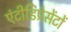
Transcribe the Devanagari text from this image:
एंटीडिप्रेसेंटों